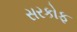
સરકોફ